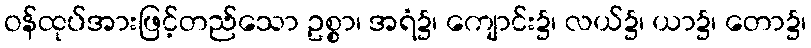
ဝန်ထုပ်အားဖြင့်တည်သော ဥစ္စာ၊ အရံ၌၊ ကျောင်း၌၊ လယ်၌၊ ယာ၌၊ တော၌၊